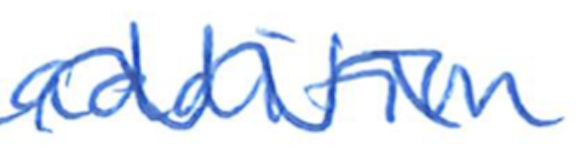
Text: addition
Cross-out: mix
Writing tool: ballpoint